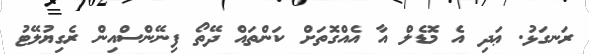
ރަނގަޅު. ޢަދި އެ މޮޑެލް އާ އެއްގޮތަށް ކަންތައް ދޭތޯ ފިނޭންސްއިން ރެގިޔުލޭޓު